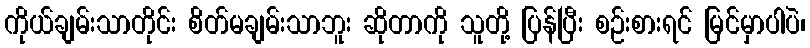
ကိုယ်ချမ်းသာတိုင်း စိတ်မချမ်းသာဘူး ဆိုတာကို သူတို့ ပြန်ပြီး စဉ်းစားရင် မြင်မှာပါပဲ၊